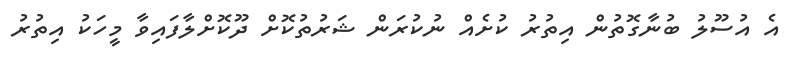
އެ އުސޫލު ބުނާގޮތުން އިތުރު ކުށެއް ނުކުރަން ޝަރުތުކޮށް ދޫކޮށްލާފައިވާ މީހަކު އިތުރު